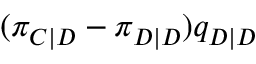
( \pi _ { C | D } - \pi _ { D | D } ) q _ { D | D }